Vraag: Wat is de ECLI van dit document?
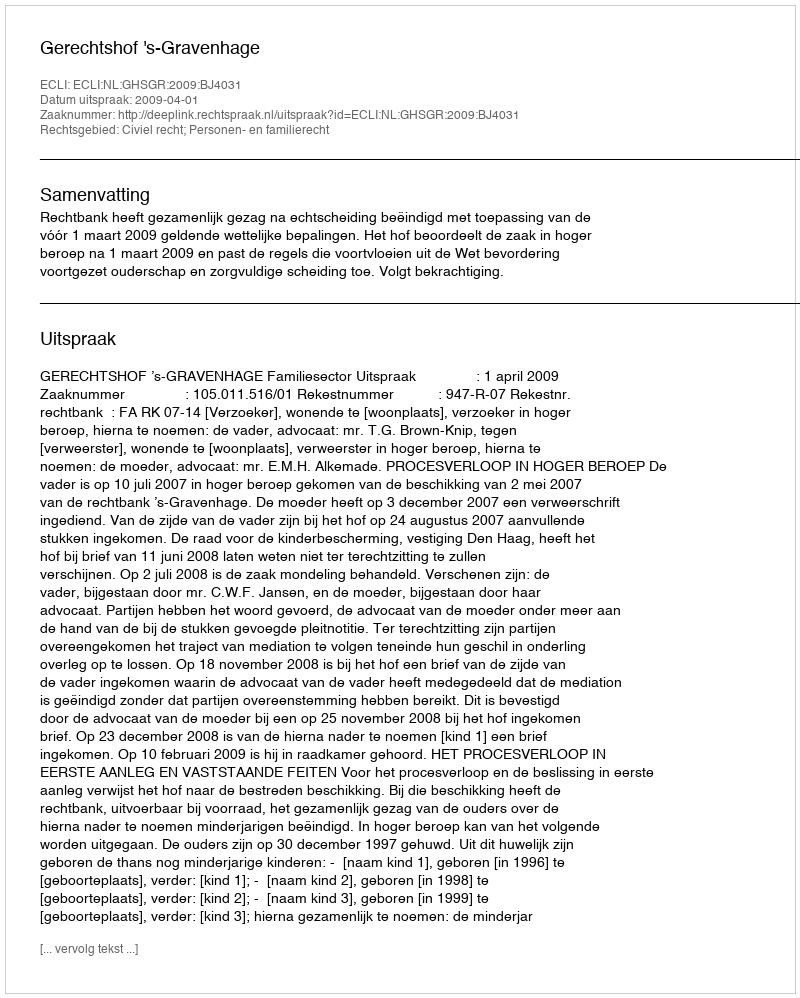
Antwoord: ECLI:NL:GHSGR:2009:BJ4031